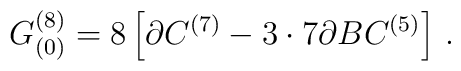
G^{(8)}_{(0)} = 8 \left[\partial C^{(7)}-3\cdot 7 \partial B C^{(5)}\right]\, .